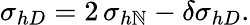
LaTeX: \sigma_{hD}=2\, \sigma_{h\mathbb{N}}-\delta\sigma_{hD}.